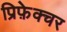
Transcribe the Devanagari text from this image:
प्रिफ़ेक्चर